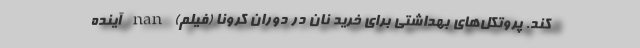
کند. پروتکل‌های بهداشتی برای خرید نان در دوران کرونا (فیلم) nan آینده